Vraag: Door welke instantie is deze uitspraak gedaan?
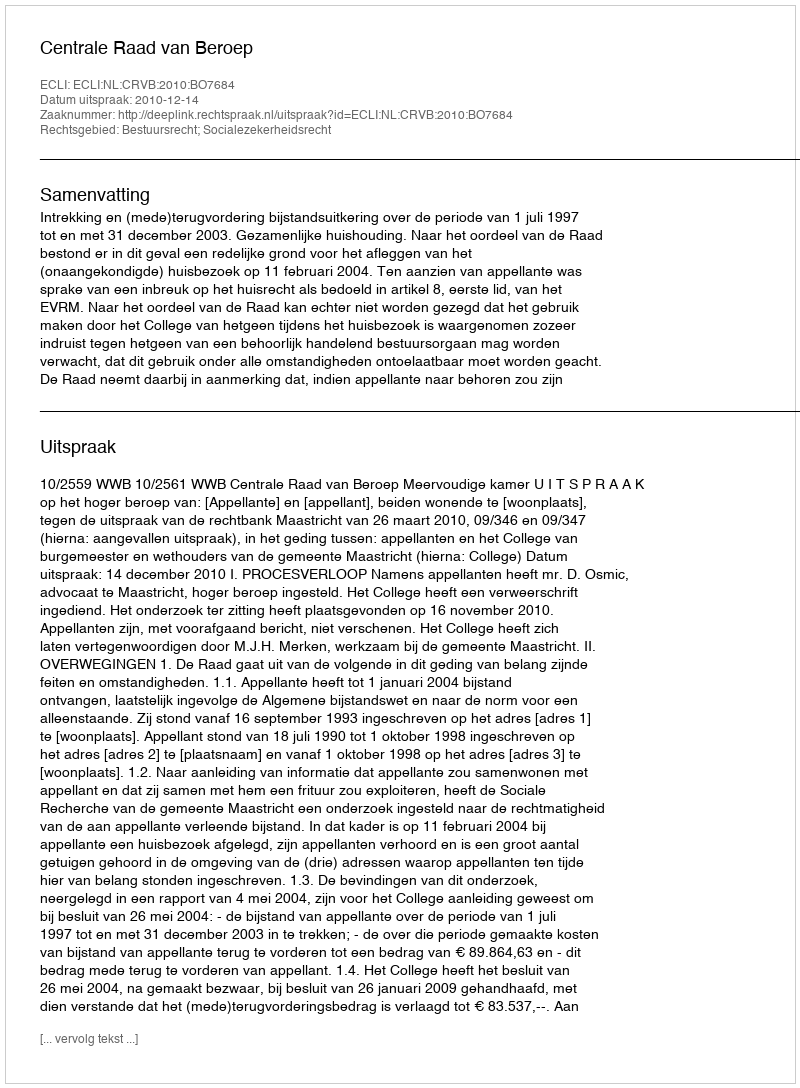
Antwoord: Centrale Raad van Beroep